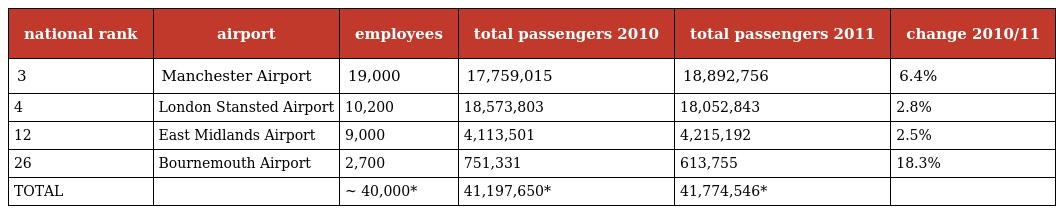
| national rank | airport | employees | total passengers 2010 | total passengers 2011 | change 2010/11 |
 | --- | --- | --- | --- | --- | --- |
 | 3 | Manchester Airport | 19,000 | 17,759,015 | 18,892,756 | 6.4% |
 | 4 | London Stansted Airport | 10,200 | 18,573,803 | 18,052,843 | 2.8% |
 | 12 | East Midlands Airport | 9,000 | 4,113,501 | 4,215,192 | 2.5% |
 | 26 | Bournemouth Airport | 2,700 | 751,331 | 613,755 | 18.3% |
 | TOTAL |  | ~ 40,000* | 41,197,650* | 41,774,546* |  |